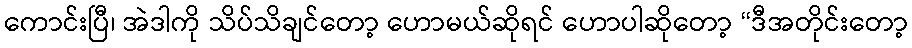
ကောင်းပြီ၊ အဲဒါကို သိပ်သိချင်တော့ ဟောမယ်ဆိုရင် ဟောပါဆိုတော့ “ဒီအတိုင်းတော့